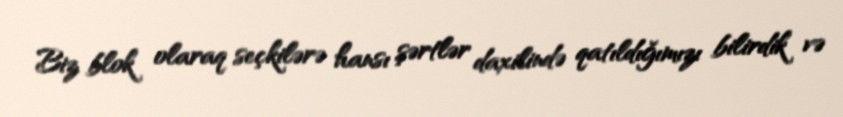
Biz blok olaraq seçkilərə hansı şərtlər daxilində qatıldığımızı bilirdik və